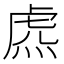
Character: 𧆸